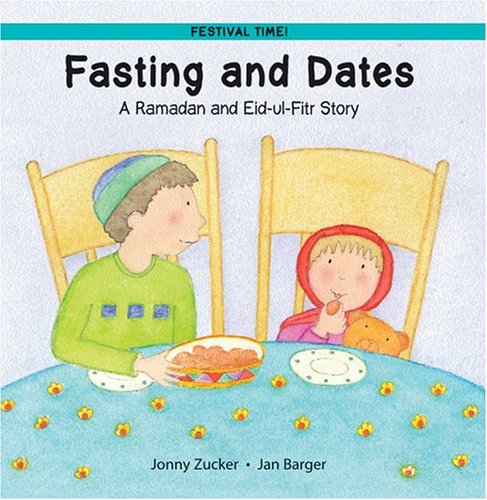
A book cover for Fasting and Dates: A Ramadan and Eid-ul-Fitr Story (Festival Time); Jonny Zucker; Children's Books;